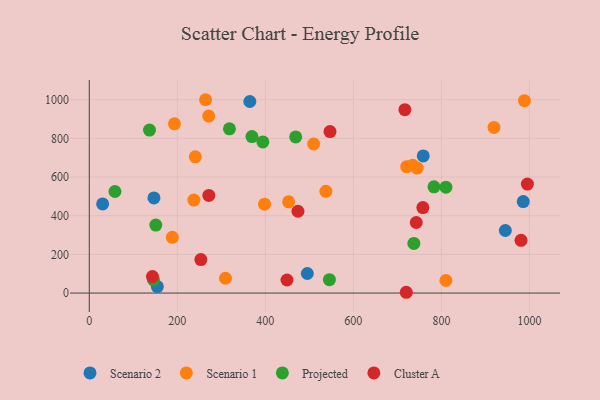
{"axis": {"x": "Speed", "y": "Exam Score"}, "legend": ["Cluster A", "Projected", "Scenario 1", "Scenario 2"], "data": [{"x": "945.3", "y": 323.4, "type": "Scenario 2"}, {"x": "986.0", "y": 472.9, "type": "Scenario 2"}, {"x": "146.9", "y": 492.1, "type": "Scenario 2"}, {"x": "364.8", "y": 990.7, "type": "Scenario 2"}, {"x": "758.8", "y": 709.2, "type": "Scenario 2"}, {"x": "495.4", "y": 101.0, "type": "Scenario 2"}, {"x": "30.3", "y": 460.9, "type": "Scenario 2"}, {"x": "154.6", "y": 33.7, "type": "Scenario 2"}, {"x": "193.5", "y": 875.3, "type": "Scenario 1"}, {"x": "509.8", "y": 770.9, "type": "Scenario 1"}, {"x": "721.2", "y": 653.6, "type": "Scenario 1"}, {"x": "537.6", "y": 526.3, "type": "Scenario 1"}, {"x": "452.9", "y": 471.9, "type": "Scenario 1"}, {"x": "810.3", "y": 65.0, "type": "Scenario 1"}, {"x": "271.4", "y": 915.3, "type": "Scenario 1"}, {"x": "398.2", "y": 459.8, "type": "Scenario 1"}, {"x": "188.7", "y": 288.1, "type": "Scenario 1"}, {"x": "237.6", "y": 481.1, "type": "Scenario 1"}, {"x": "264.2", "y": 999.9, "type": "Scenario 1"}, {"x": "240.9", "y": 704.5, "type": "Scenario 1"}, {"x": "309.4", "y": 76.6, "type": "Scenario 1"}, {"x": "734.8", "y": 661.1, "type": "Scenario 1"}, {"x": "988.7", "y": 994.8, "type": "Scenario 1"}, {"x": "745.0", "y": 646.2, "type": "Scenario 1"}, {"x": "919.6", "y": 856.7, "type": "Scenario 1"}, {"x": "145.9", "y": 67.9, "type": "Projected"}, {"x": "783.2", "y": 549.2, "type": "Projected"}, {"x": "469.0", "y": 807.6, "type": "Projected"}, {"x": "394.4", "y": 781.8, "type": "Projected"}, {"x": "737.5", "y": 256.8, "type": "Projected"}, {"x": "136.8", "y": 842.7, "type": "Projected"}, {"x": "318.5", "y": 849.6, "type": "Projected"}, {"x": "545.6", "y": 69.1, "type": "Projected"}, {"x": "151.1", "y": 351.8, "type": "Projected"}, {"x": "369.6", "y": 809.4, "type": "Projected"}, {"x": "58.3", "y": 525.3, "type": "Projected"}, {"x": "810.3", "y": 547.8, "type": "Projected"}, {"x": "253.5", "y": 173.2, "type": "Cluster A"}, {"x": "720.2", "y": 4.0, "type": "Cluster A"}, {"x": "449.2", "y": 67.6, "type": "Cluster A"}, {"x": "474.1", "y": 423.2, "type": "Cluster A"}, {"x": "717.1", "y": 948.6, "type": "Cluster A"}, {"x": "742.9", "y": 364.9, "type": "Cluster A"}, {"x": "143.5", "y": 85.3, "type": "Cluster A"}, {"x": "995.4", "y": 563.5, "type": "Cluster A"}, {"x": "271.6", "y": 505.0, "type": "Cluster A"}, {"x": "981.0", "y": 272.5, "type": "Cluster A"}, {"x": "546.9", "y": 835.2, "type": "Cluster A"}, {"x": "757.9", "y": 442.1, "type": "Cluster A"}]}